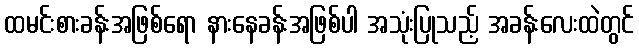
ထမင်းစားခန်းအဖြစ်ရော နားနေခန်းအဖြစ်ပါ အသုံးပြုသည့် အခန်းလေးထဲတွင်